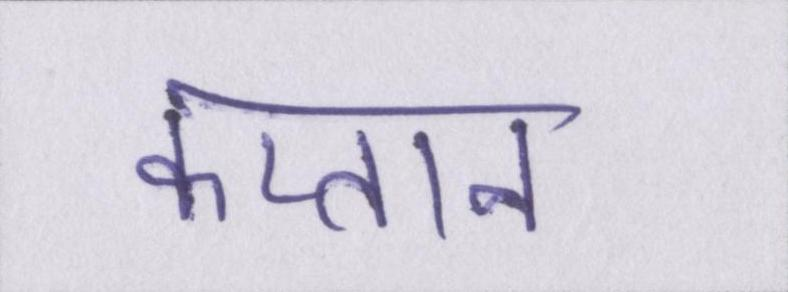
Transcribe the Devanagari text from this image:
कप्तान